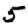
Digit: 5